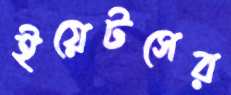
ইয়েটসের